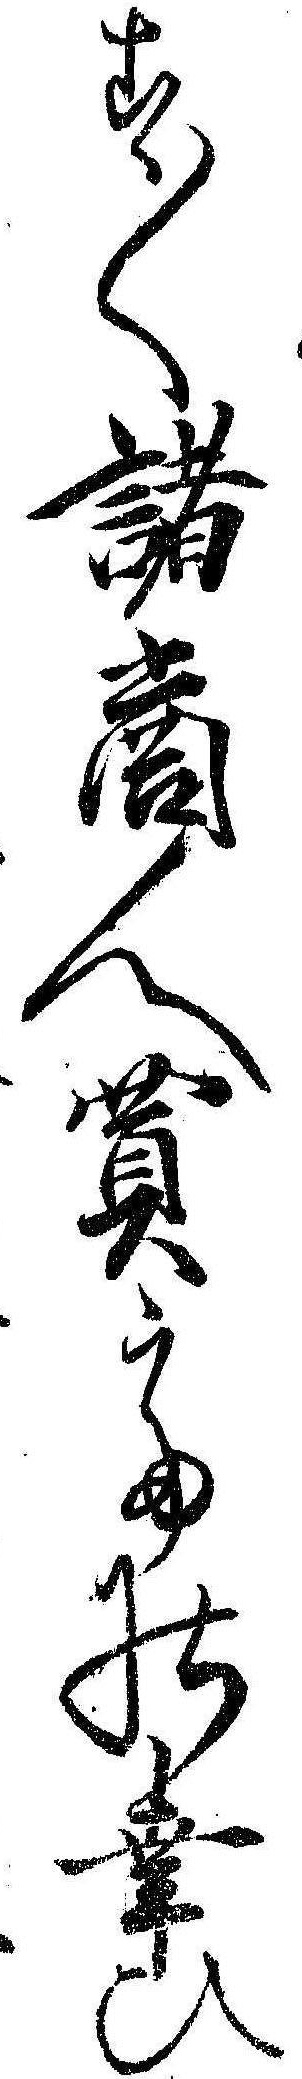
す〱諸商人買ての幸ひ